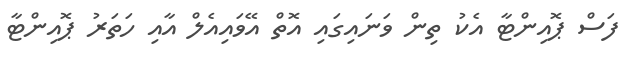
ފަސް ޕޮއިންޓާ އެކު ތިން ވަނައިގައި އޮތް އޭވައިއެލް އާއި ހަތަރު ޕޮއިންޓާ